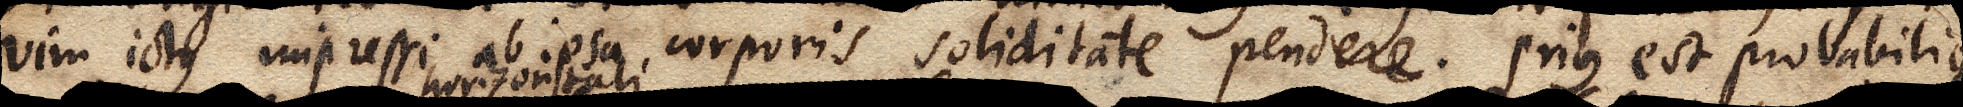
vim ictus impressi ab ipsa corporis soliditate pendere. Prius est probabilius.